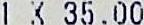
1 X 35.00